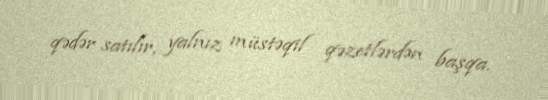
qədər satılır, yalnız müstəqil qəzetlərdən başqa.